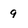
Character: 9